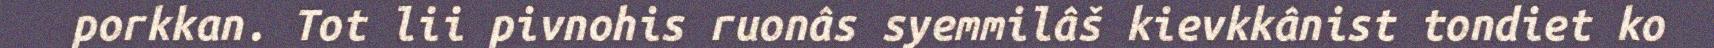
porkkan. Tot lii pivnohis ruonâs syemmilâš kievkkânist tondiet ko